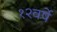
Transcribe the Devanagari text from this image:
१२वर्षे